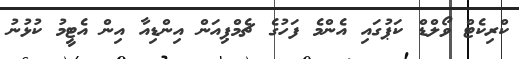
ކްރިކެޓް ވޯލްޑް ކަޕުގައި އެންމެ ފަހުގެ ޗެމްޕިއަން އިންޑިއާ އިން އެޓީމު ކުޅުނު